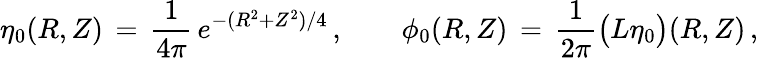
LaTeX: \eta_{0}(R,Z)\, =\, \frac{1}{4\pi}\, e^{-(R^{2}+Z^{2})/4}\, ,\qquad\phi_{0}(R,Z)\, =\, \frac{1}{2\pi}\bigl(L\eta_{0}\bigr)(R,Z)\, ,